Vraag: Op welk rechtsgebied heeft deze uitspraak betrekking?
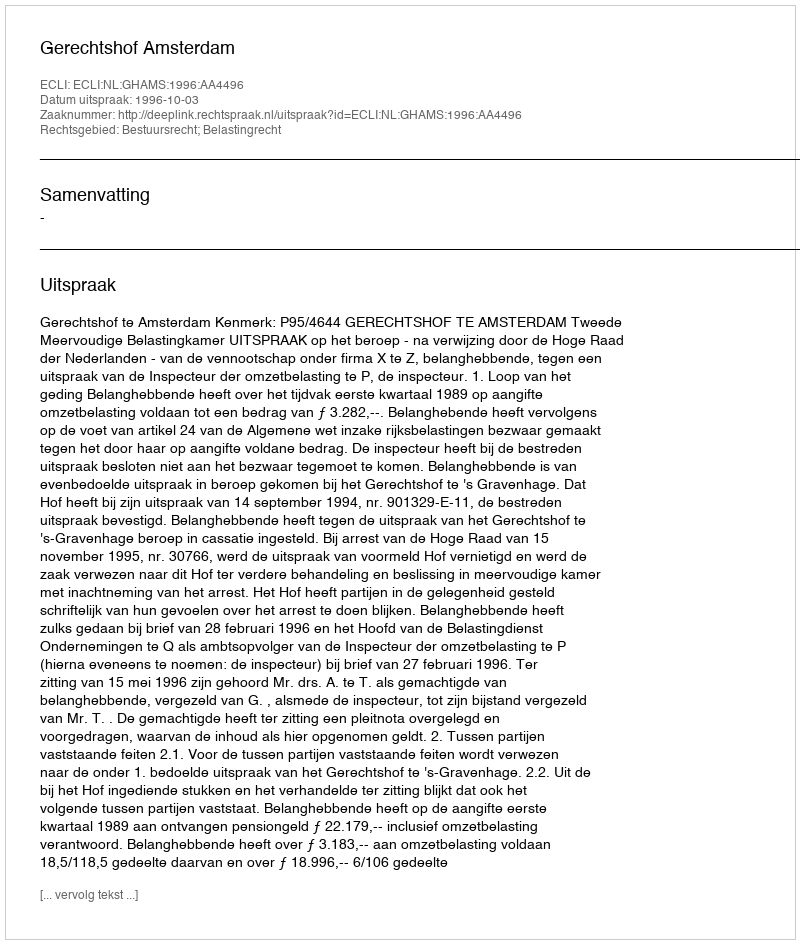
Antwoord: Bestuursrecht; Belastingrecht